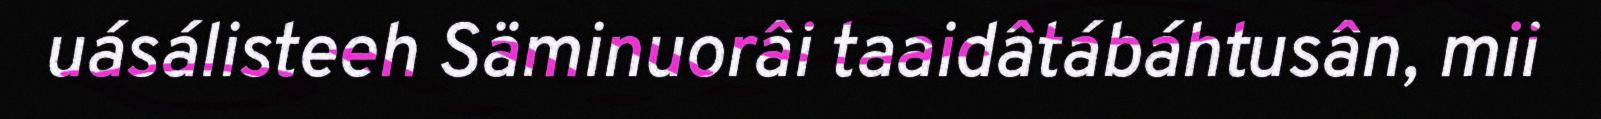
uásálisteeh Säminuorâi taaidâtábáhtusân, mii